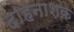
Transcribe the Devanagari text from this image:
दाहनाशक